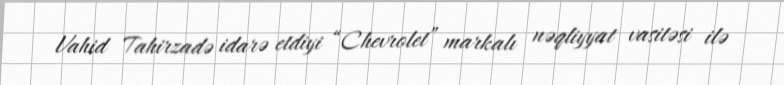
Vahid Tahirzadə idarə etdiyi “Chevrolet” markalı nəqliyyat vasitəsi ilə